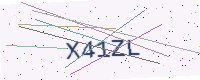
Text: X41ZL